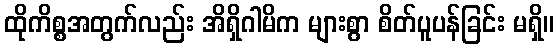
ထိုကိစ္စအတွက်လည်း အိရှိဂါမိက များစွာ စိတ်ပူပန်ခြင်း မရှိ။